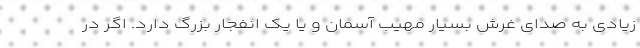
زیادی به صدای غرش بسیار مهیب آسمان و یا یک انفجار بزرگ دارد. اگر در